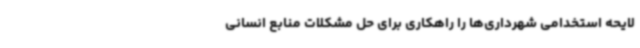
لایحه استخدامی شهرداری‌ها را راهکاری برای حل مشکلات منابع انسانی